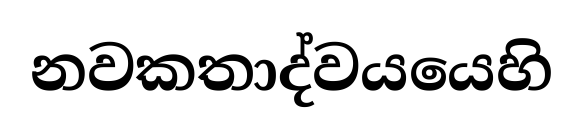
නවකතාද්වයයෙහි